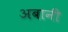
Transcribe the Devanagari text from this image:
अबानी